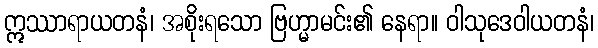
ဣဿာရာယတနံ၊ အစိုးရသော ဗြဟ္မာမင်း၏ နေရာ။ ဝါသုဒေဝါယတနံ၊